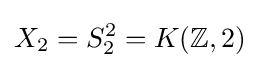
X_{2}=S_{2}^{2}=K(\mathbb {Z} ,2)